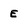
Character: E